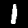
Label: 1